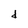
Character: d